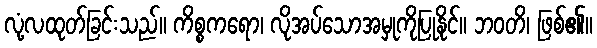
လုံ့လထုတ်ခြင်းသည်။ ကိစ္စကရော၊ လိုအပ်သောအမှုကိုပြုနိုင်။ ဘဝတိ၊ ဖြစ်၏။